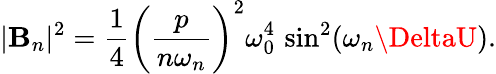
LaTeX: |\mathbf{B}_{n}|^{2}={\frac{{1}}{{4}}}\left({\frac{{p}}{{n\omega_{n}}}}\right)^{2}\omega_{0}^{4}\, \sin^{2}(\omega_{n}\DeltaU).